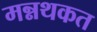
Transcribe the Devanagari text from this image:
मन्नथकत